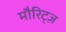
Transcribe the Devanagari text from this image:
मौरिट्ज़